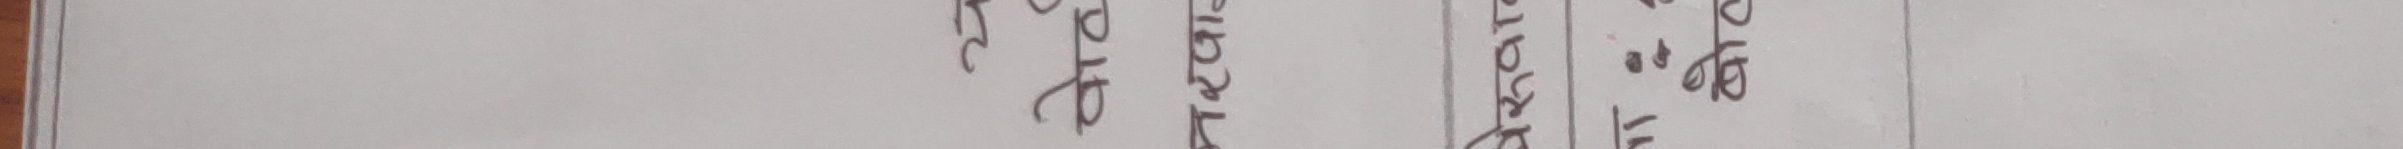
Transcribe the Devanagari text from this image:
मरा बताक प्रतिबिम्बले मृत्युको रूपमा